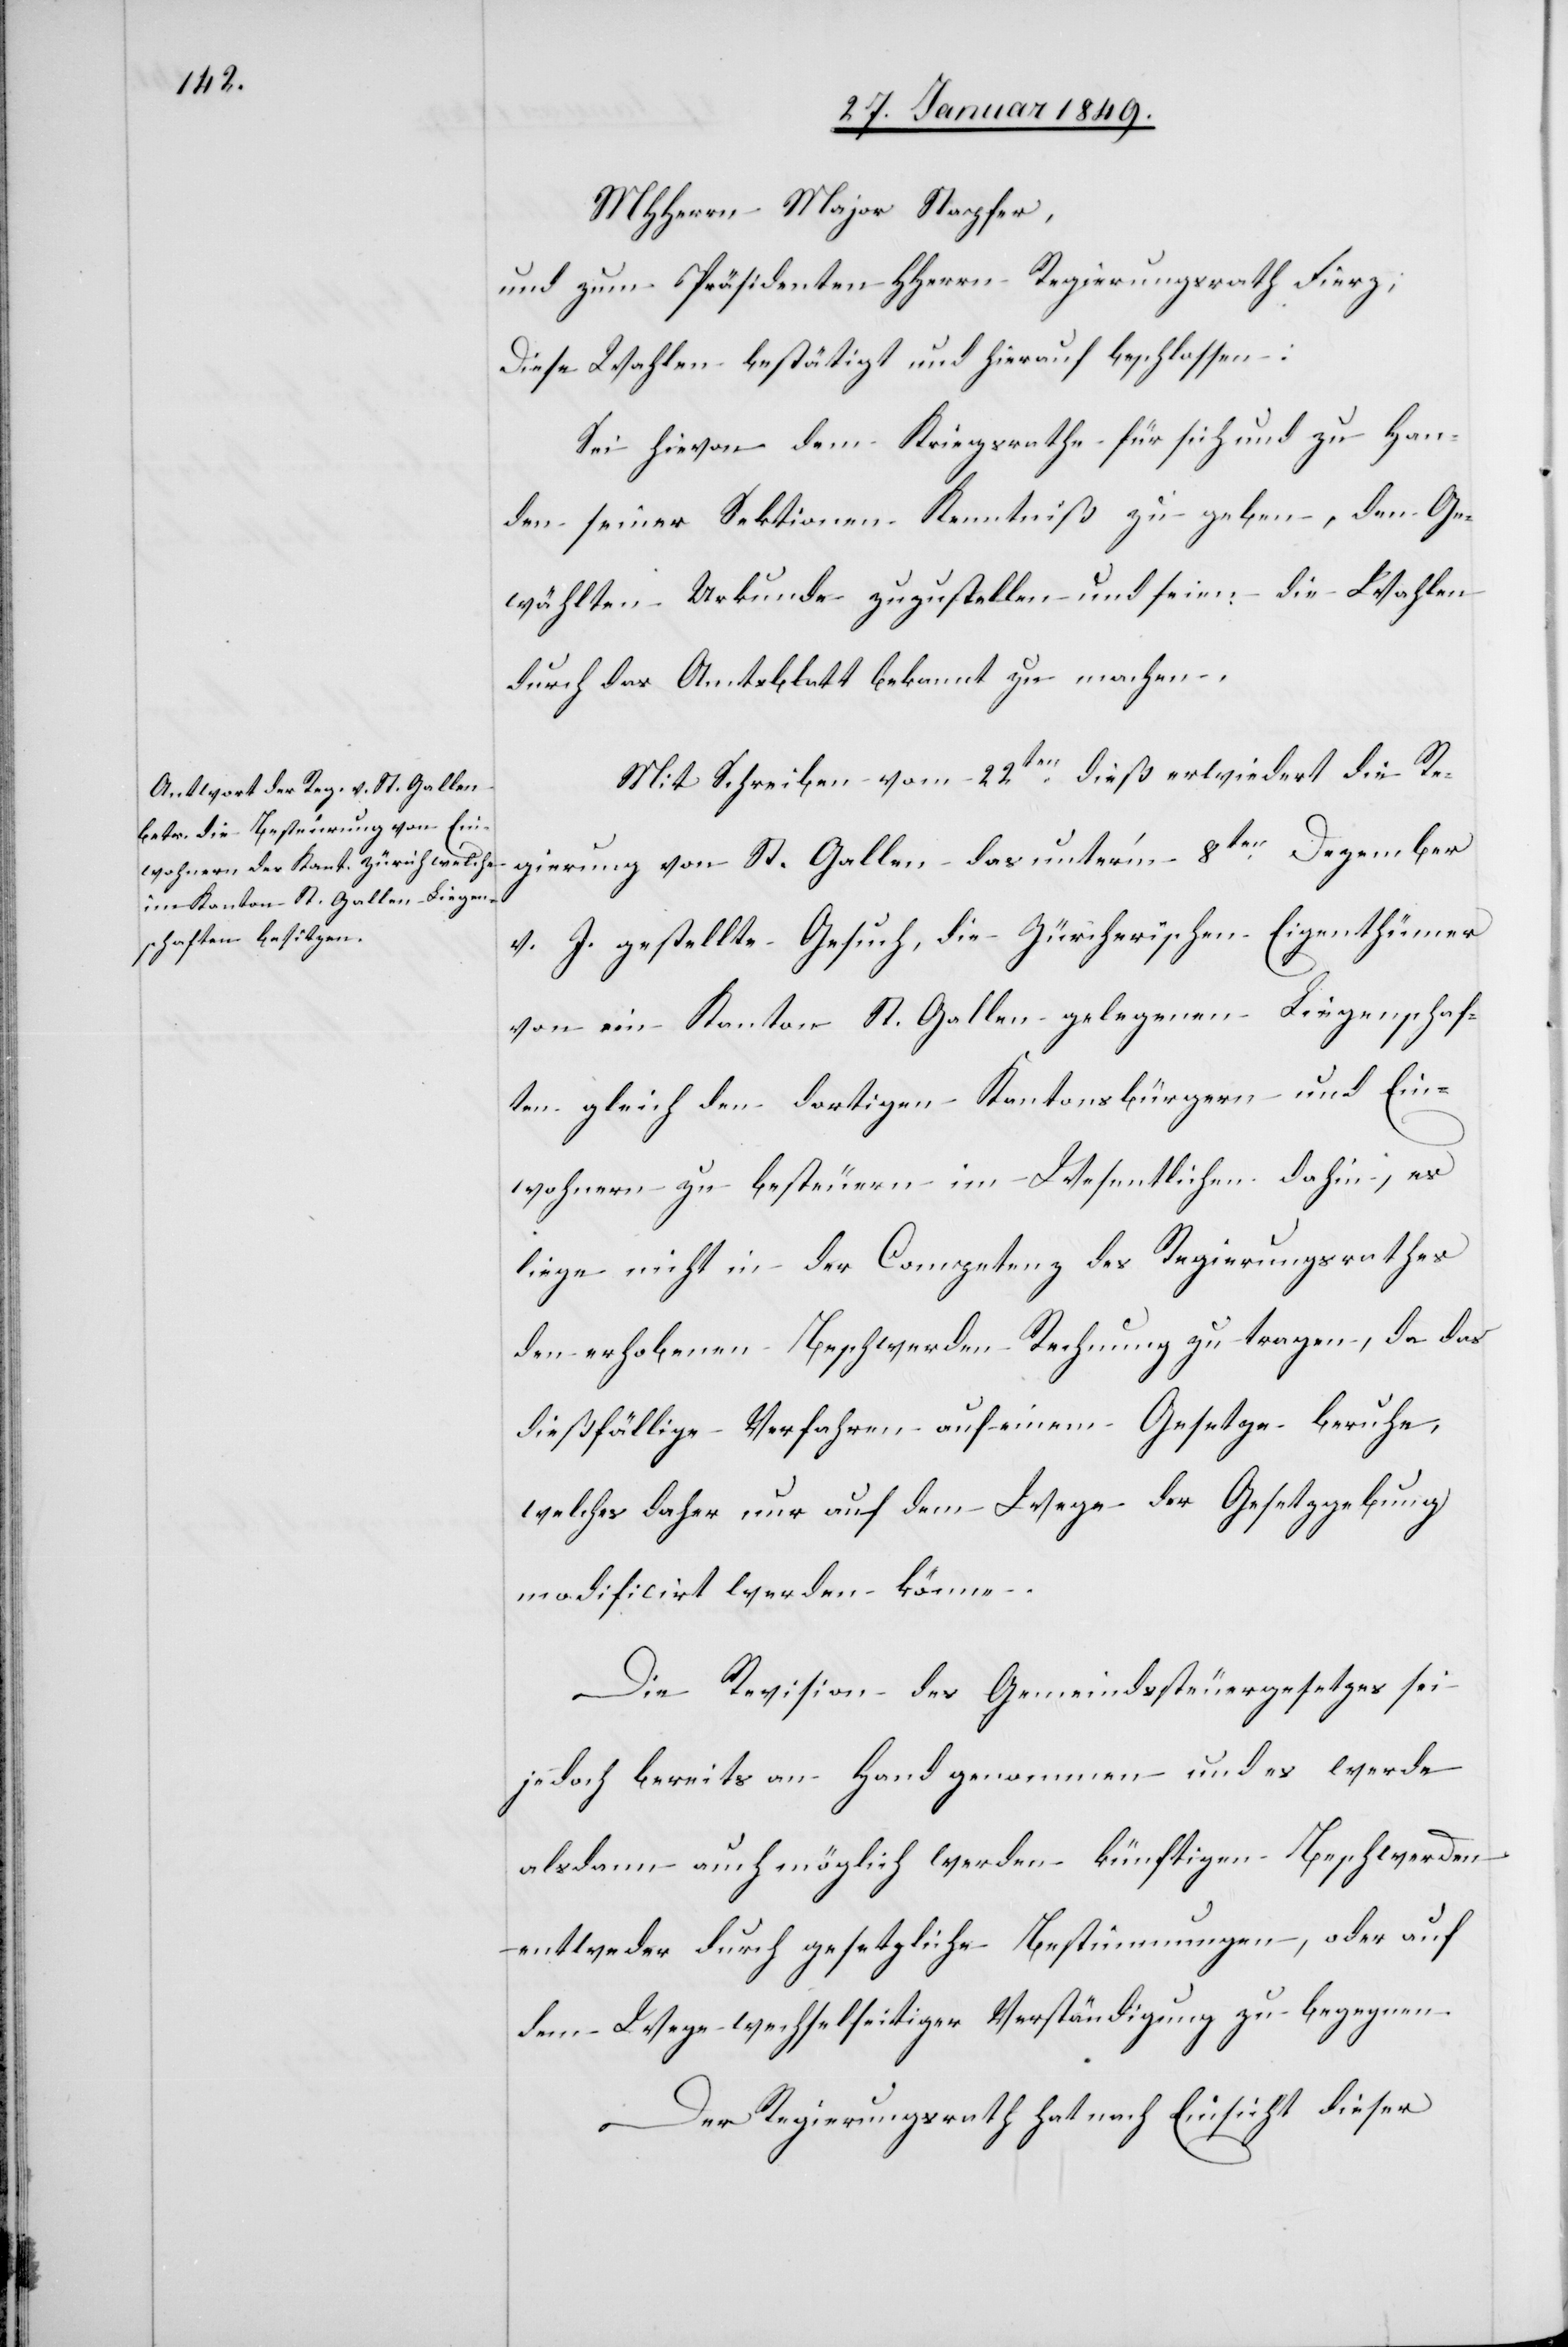
MHHerrn Major Stapfer,
und zum Präsidenten HHerrn Regierungsrath Fierz;
Diese Wahlen bestätigt und hierauf beschlossen:
Sei hievon dem Kriegsrathe für sich und zu Han¬
den seiner Sektionen Kenntniß zu geben, den Ge¬
wählten Urkunde zuzustellen und seien die Wahlen
durch das Amtsblatt bekannt zu machen.
Mit Schreiben vom 22ten. dieß erwiedert die Re¬
gierung von St. Gallen das unter’m 8ten. Dezember
v. J. gestellte Gesuch, die Züricherischen Eigenthümer
von im Kanton St. Gallen gelegenen Liegenschaf¬
ten gleich den dortigen Kantonsbürgern und Ein¬
wohnern zu besteuern im Wesentlichen dahin, es
liege nicht in der Competenz des Regierungsrathes
der erhobenen Beschwerden Rechnung zu tragen, da das
dießfällige Verfahren auf einem Gesetze beruhe,
welches daher nur auf dem Wege der Gesetzgebung
modificirt werden könne.
Die Revision des Gemeindssteuergesetzes sei
jedoch bereits an Hand genommen und es werde
alsdann auch möglich werden künftigen Beschwerden
entweder durch gesetzliche Bestimmungen, oder auf
dem Wege wechselseitiger Verständigung zu begegnen.
Der Regierungsrath hat nach Einsicht dieser